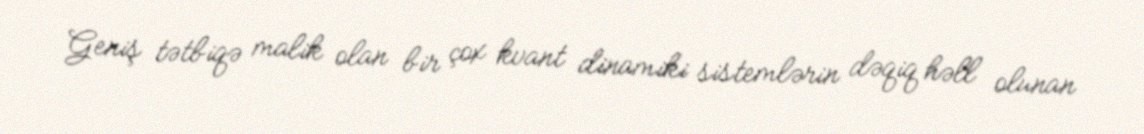
Geniş tətbiqə malik olan bir çox kvant dinamiki sistemlərin dəqiq həll olunan